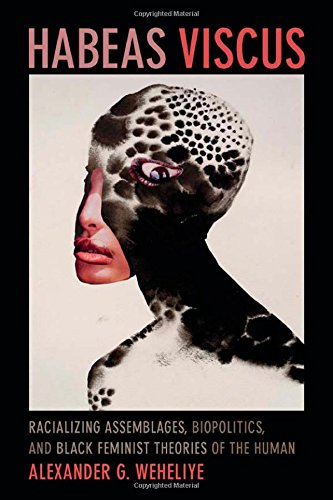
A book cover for Habeas Viscus: Racializing Assemblages, Biopolitics, and Black Feminist Theories of the Human; Alexander G. Weheliye; Politics & Social Sciences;